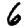
Digit: 6